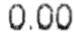
0.00